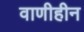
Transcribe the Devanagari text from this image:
वाणीहीन